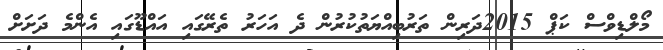
މޯލްޑިވްސް ކަޕް 2015ދަރިން ތަރުބިއްޔަތުކުރުން ދެ އަހަރު ތެރޭގައި އައްޑޫގައި އެންމެ ދަށަށް